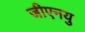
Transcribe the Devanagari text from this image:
जीएनयु